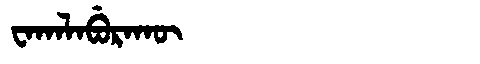
Manchu: ᠸᠠᡴᠠᠯᠠᠪᡠᡵᠠᡴᡡ
Romanization: WAKALABURAKŪ